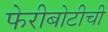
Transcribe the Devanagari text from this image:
फेरीबोटीची